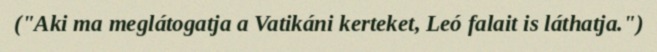
("Aki ma meglátogatja a Vatikáni kerteket, Leó falait is láthatja.")